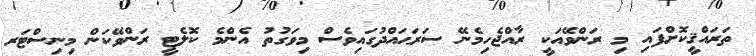
ތަރައްޤީކޮށްފައި މި ރަންވޭއަކީ ރާއްޖެހިމެނޭ ސަރަޙައްދުގައިވެސް މިވަގުތު އެންމެ ކޮލެޓީ ރަންވޭކަން މިނިސްޓަރ